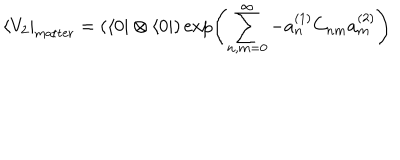
\langle V _ { 2 } | _ { \mathrm { m a t t e r } } = \left( \langle 0 | \otimes \langle 0 | \right) \exp \left( \sum _ { n , m = 0 } ^ { \infty } - a _ { n } ^ { ( 1 ) } C _ { n m } a _ { m } ^ { ( 2 ) } \right)